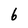
Character: 6